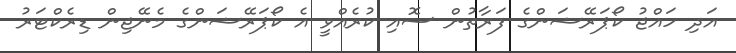
އަދި ހައްޖު ކޯޕަރޭޝަންގެ ފަރާތުން ސޮއި ކުރެއްވީ އެ ކޯޕަރޭޝަންގެ މެނޭޖިން ޑިރެކްޓަރު